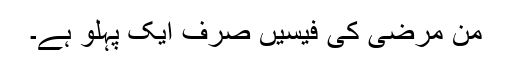
من مرضی کی فیسیں صرف ایک پہلو ہے۔